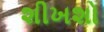
શીખશો